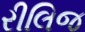
રીલિજ